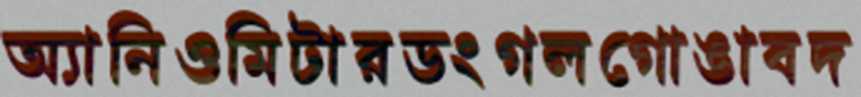
অ্যানিওমিটারডংগলগোঙাবদ